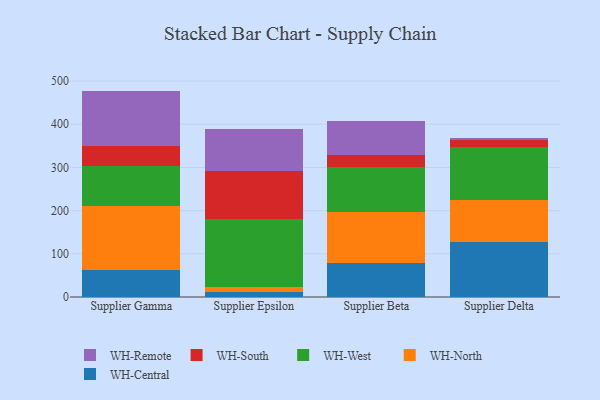
{"axis": {"x": "Supplier", "y": "Budget (USD K)"}, "legend": ["WH-Central", "WH-North", "WH-Remote", "WH-South", "WH-West"], "data": [{"x": "Supplier Gamma", "y": 63.2, "type": "WH-Central"}, {"x": "Supplier Gamma", "y": 147.1, "type": "WH-North"}, {"x": "Supplier Gamma", "y": 92.2, "type": "WH-West"}, {"x": "Supplier Gamma", "y": 46.7, "type": "WH-South"}, {"x": "Supplier Gamma", "y": 128.1, "type": "WH-Remote"}, {"x": "Supplier Epsilon", "y": 11.6, "type": "WH-Central"}, {"x": "Supplier Epsilon", "y": 12.2, "type": "WH-North"}, {"x": "Supplier Epsilon", "y": 155.9, "type": "WH-West"}, {"x": "Supplier Epsilon", "y": 111.6, "type": "WH-South"}, {"x": "Supplier Epsilon", "y": 98.4, "type": "WH-Remote"}, {"x": "Supplier Beta", "y": 77.7, "type": "WH-Central"}, {"x": "Supplier Beta", "y": 118.4, "type": "WH-North"}, {"x": "Supplier Beta", "y": 105.9, "type": "WH-West"}, {"x": "Supplier Beta", "y": 27.9, "type": "WH-South"}, {"x": "Supplier Beta", "y": 78.2, "type": "WH-Remote"}, {"x": "Supplier Delta", "y": 128.5, "type": "WH-Central"}, {"x": "Supplier Delta", "y": 96.4, "type": "WH-North"}, {"x": "Supplier Delta", "y": 122.7, "type": "WH-West"}, {"x": "Supplier Delta", "y": 15.3, "type": "WH-South"}, {"x": "Supplier Delta", "y": 5.6, "type": "WH-Remote"}]}